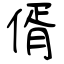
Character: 偦